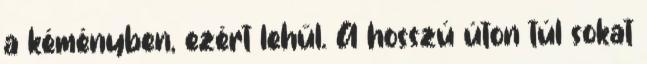
a kéményben, ezért lehűl. A hosszú úton túl sokat